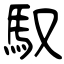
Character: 馭